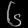
Digit: ၆